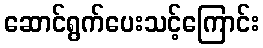
ဆောင်ရွက်ပေးသင့်ကြောင်း